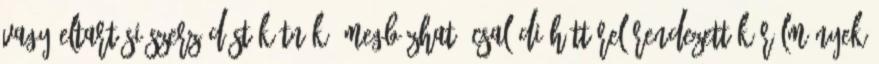
Vagy eltartási szerződést kötnék, megbízható családi háttérel Rendezett körülmények